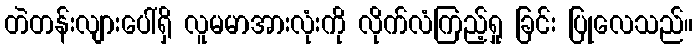
တဲတန်းလျားပေါ်ရှိ လူမမာအားလုံးကို လိုက်လံကြည့်ရှု ခြင်း ပြုလေသည်။